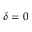
\delta = 0